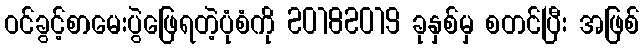
ဝင်ခွင့်စာမေးပွဲဖြေရတဲ့ပုံစံကို 20182019 ခုနှစ်မှ စတင်ပြီး အဖြစ်